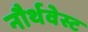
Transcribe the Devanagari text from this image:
नौर्थवेस्ट